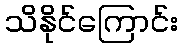
သိနိုင်ကြောင်း